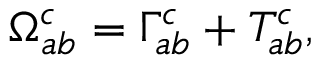
\Omega _ { a b } ^ { c } = \Gamma _ { a b } ^ { c } + T _ { a b } ^ { c } ,